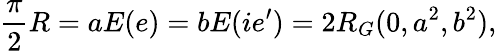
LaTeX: \frac\pi 2R=aE(e)=bE(ie^{\prime})=2R_{G}(0,a^{2},b^{2}),